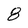
Character: 8